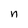
Character: n